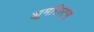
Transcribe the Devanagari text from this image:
ह्यूमरिस्ट्स